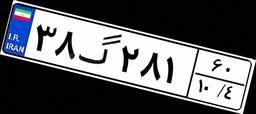
۸۶گ۶۱۴۹۳